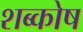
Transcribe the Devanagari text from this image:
शब्कोष